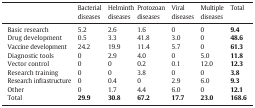
<table><thead><tr><td></td><td><b>Bacterial diseases</b></td><td><b>Helminth diseases</b></td><td><b>Protozoan diseases</b></td><td><b>Viral diseases</b></td><td><b>Multiple diseases</b></td><td><b>Total</b></td></tr></thead><tbody><tr><td>Basic research</td><td>5.2</td><td>2.6</td><td>1.6</td><td>0</td><td>0</td><td><b>9.4</b></td></tr><tr><td>Drug development</td><td>0.5</td><td>3.3</td><td>41.8</td><td>3.0</td><td>0</td><td><b>48.6</b></td></tr><tr><td>Vaccine development</td><td>24.2</td><td>19.9</td><td>11.4</td><td>5.7</td><td>0</td><td><b>61.3</b></td></tr><tr><td>Diagnostic tools</td><td>0</td><td>2.9</td><td>4.0</td><td>0</td><td>5.0</td><td><b>11.8</b></td></tr><tr><td>Vector control</td><td>0</td><td>0</td><td>0.2</td><td>0.1</td><td>12.0</td><td><b>12.3</b></td></tr><tr><td>Research training</td><td>0</td><td>0</td><td>3.8</td><td>0</td><td>0</td><td><b>3.8</b></td></tr><tr><td>Research infrastructure</td><td>0</td><td>0.4</td><td>0</td><td>2.9</td><td>6.0</td><td><b>9.3</b></td></tr><tr><td>Other</td><td>0</td><td>1.7</td><td>4.4</td><td>6.0</td><td>0</td><td><b>12.1</b></td></tr><tr><td>Total</td><td><b>29.9</b></td><td><b>30.8</b></td><td><b>67.2</b></td><td><b>17.7</b></td><td><b>23.0</b></td><td><b>168.6</b></td></tr></tbody></table>